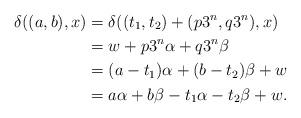
LaTeX: \begin{align*}\delta((a, b), x) & = \delta((t_1, t_2) + (p 3^n, q 3^n), x)\\ & = w + p 3^n \alpha + q 3^n \beta \\ & = (a - t_1) \alpha + (b - t_2) \beta + w\\ & = a \alpha + b \beta - t_1 \alpha - t_2 \beta + w.\end{align*}